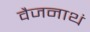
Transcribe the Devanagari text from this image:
वैजनाथं